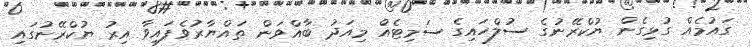
ގައުމެއް ގުޅިގެން ޔުކްރޭނުގެ ސުލްހައިގެ ސަމިޓެއް މިއަދު ބާއްވަން ތައްޔާރުވެފައިވާ އިރު ޔުކްރޭނުގައި